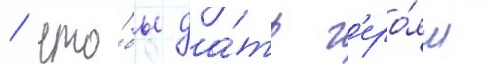
/ что́бы да́ть г'еро́ям